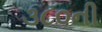
૩૮૦ની